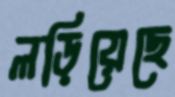
লড়িয়েছে